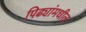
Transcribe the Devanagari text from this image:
पिढ्यांमधील